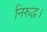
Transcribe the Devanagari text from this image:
निरुद्ध।